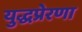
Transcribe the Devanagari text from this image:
युद्धप्रेरणा